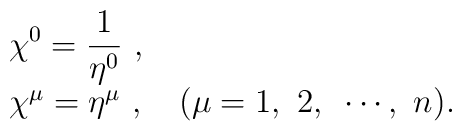
\begin{array}{l}\displaystyle \chi^0=\frac{1}{\eta^0}~,\\\chi^\mu=\eta^\mu~,~~~(\mu=1,~2,~\cdots,~n).\end{array}